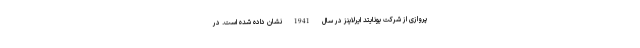
پروازی از شرکت یونایتد ایرلاینز در سال 1941 نشان داده شده است. در